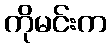
ကိုမင်းက